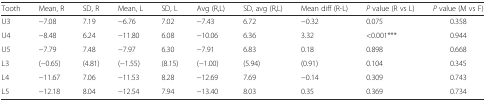
<table><thead><tr><td><b>Tooth</b></td><td><b>Mean, R</b></td><td><b>SD, R</b></td><td><b>Mean, L</b></td><td><b>SD, L</b></td><td><b>Avg (R,L)</b></td><td><b>SD, avg (R,L)</b></td><td><b>Mean diff (R-L)</b></td><td><b><i>P</i> value (R vs L)</b></td><td><b><i>P</i> value (M vs F)</b></td></tr></thead><tbody><tr><td>U3</td><td>−7.08</td><td>7.19</td><td>−6.76</td><td>7.02</td><td>−7.43</td><td>6.72</td><td>−0.32</td><td>0.075</td><td>0.358</td></tr><tr><td>U4</td><td>−8.48</td><td>6.24</td><td>−11.80</td><td>6.08</td><td>−10.06</td><td>6.36</td><td>3.32</td><td>&lt;0.001***</td><td>0.944</td></tr><tr><td>U5</td><td>−7.79</td><td>7.48</td><td>−7.97</td><td>6.30</td><td>−7.91</td><td>6.83</td><td>0.18</td><td>0.898</td><td>0.668</td></tr><tr><td>L3</td><td>(−0.65)</td><td>(4.81)</td><td>(−1.55)</td><td>(8.15)</td><td>(−1.00)</td><td>(5.94)</td><td>(0.91)</td><td>0.104</td><td>0.345</td></tr><tr><td>L4</td><td>−11.67</td><td>7.06</td><td>−11.53</td><td>8.28</td><td>−12.69</td><td>7.69</td><td>−0.14</td><td>0.309</td><td>0.743</td></tr><tr><td>L5</td><td>−12.18</td><td>8.04</td><td>−12.54</td><td>7.94</td><td>−13.40</td><td>8.03</td><td>0.35</td><td>0.369</td><td>0.734</td></tr></tbody></table>